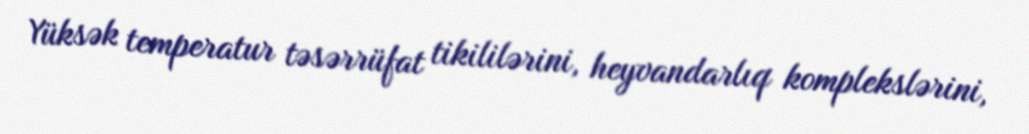
Yüksək temperatur təsərrüfat tikililərini, heyvandarlıq komplekslərini,